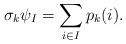
LaTeX: \begin{align*}\sigma_k \psi_I = \sum_{i\in I} p_k (i).\end{align*}